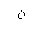
Letter: _non